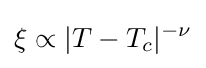
\xi \propto |T-T_{c}|^{-\nu }